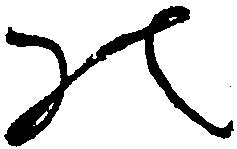
の